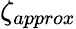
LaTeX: \zeta_{approx}